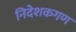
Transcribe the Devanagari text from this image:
निदेशकगण